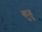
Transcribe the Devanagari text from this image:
कुतु